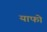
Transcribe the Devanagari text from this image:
याफो